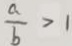
\frac { a } { b } > 1